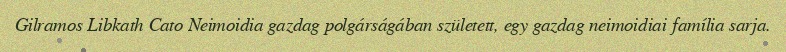
Gilramos Libkath Cato Neimoidia gazdag polgárságában született, egy gazdag neimoidiai família sarja.